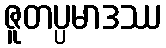
ဇူတပ္ပမာဒဿ